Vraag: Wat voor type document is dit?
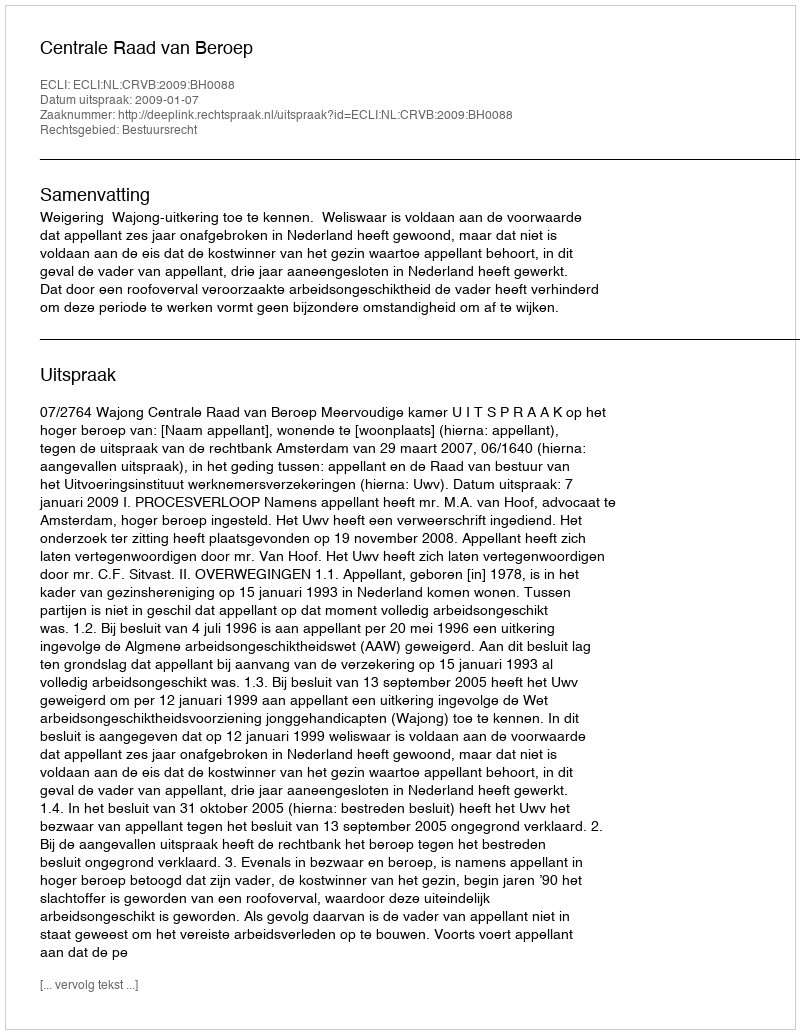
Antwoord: Uitspraak